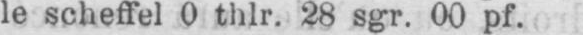
le scheffel 0 thlr. 28 sgr. 00 pf.